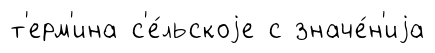
т'ерм'ина с'е́льскоjе с значе́н'иjа